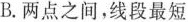
B.两点之间，线段最短